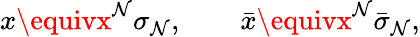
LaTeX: x\equivx^{\mathcal{N}}\sigma_{\mathcal{N}},\qquad\bar{{x}}\equivx^{\mathcal{N}}\bar{{\sigma}}_{\mathcal{N}},